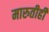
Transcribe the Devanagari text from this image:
मारुतीही